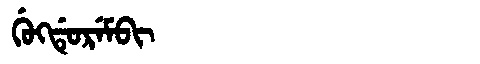
Manchu: ᡤᡠᡴᡩᡠᡵᡝᠮᠪᡳ
Romanization: GUKDUREMBI